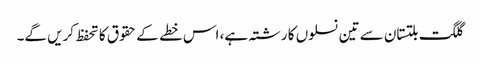
گلگت بلتستان سے تین نسلوں کا رشتہ ہے، اس خطے کے حقوق کا تحفظ کریں گے۔